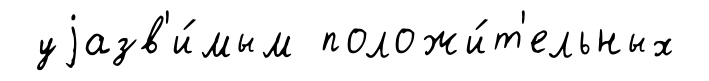
уjазв'и́мым положи́т'ельных